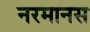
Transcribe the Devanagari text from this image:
नरमानस